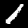
Label: 1